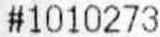
#1010273